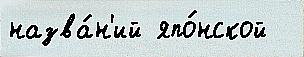
назва́н'ий япо́нской